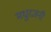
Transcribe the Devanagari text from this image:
मधुरजनी